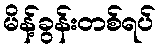
မိန့်ခွန်းတစ်ရပ်